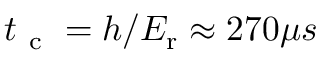
t _ { \mathrm { ~ c ~ } } = h / E _ { \mathrm { { r } } } \approx 2 7 0 \mu s